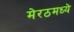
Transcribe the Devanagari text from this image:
मेरठमध्ये